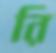
রি